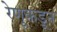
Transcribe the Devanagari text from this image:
रेणूकडून